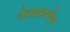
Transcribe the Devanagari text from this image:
बेताप्रमाणेच